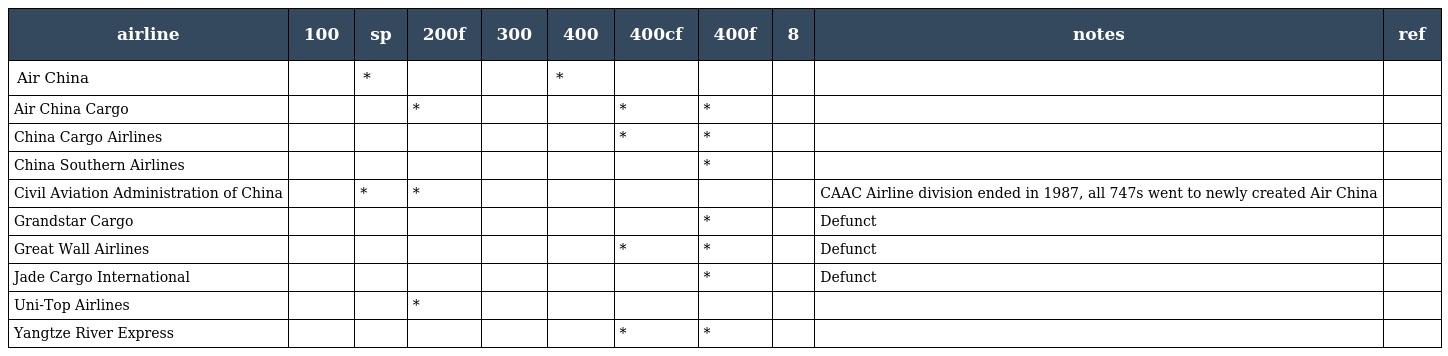
| airline | 100 | sp | 200f | 300 | 400 | 400cf | 400f | 8 | notes | ref |
 | --- | --- | --- | --- | --- | --- | --- | --- | --- | --- | --- |
 | Air China |  | * |  |  | * |  |  |  |  |  |
 | Air China Cargo |  |  | * |  |  | * | * |  |  |  |
 | China Cargo Airlines |  |  |  |  |  | * | * |  |  |  |
 | China Southern Airlines |  |  |  |  |  |  | * |  |  |  |
 | Civil Aviation Administration of China |  | * | * |  |  |  |  |  | CAAC Airline division ended in 1987, all 747s went to newly created Air China |  |
 | Grandstar Cargo |  |  |  |  |  |  | * |  | Defunct |  |
 | Great Wall Airlines |  |  |  |  |  | * | * |  | Defunct |  |
 | Jade Cargo International |  |  |  |  |  |  | * |  | Defunct |  |
 | Uni-Top Airlines |  |  | * |  |  |  |  |  |  |  |
 | Yangtze River Express |  |  |  |  |  | * | * |  |  |  |